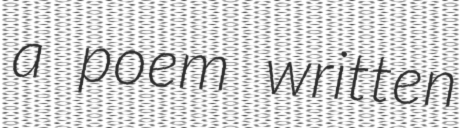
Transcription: a poem written